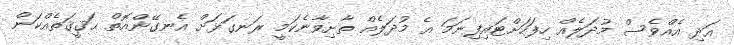
އަދި އެއްވެސް މުދަލެއް ހިފަހަށްޓައިފިނަމަ އެ މުދަލެއް ތާށިވާނެކަމީ ރަނގަޅަށް އެނގޭންއޮތް ޙަޤީޤަތެއްކަން